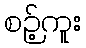
စဉ့်ကူး